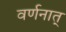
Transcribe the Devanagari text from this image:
वर्णनात्